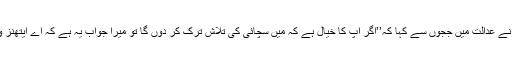
اس نے عدالت میں ججوں سے کہا کہ’’اگر آپ کا خیال ہے کہ میں سچائی کی تلاش ترک کر دوں گا تو میرا جواب یہ ہے کہ اے ایتھنز والو!